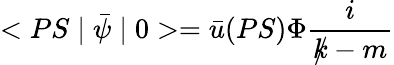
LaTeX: <PS\mid\bar{\psi}\mid 0>=\bar{u}(PS)\Phi\frac{i}{k{\! \! \! /}-m}